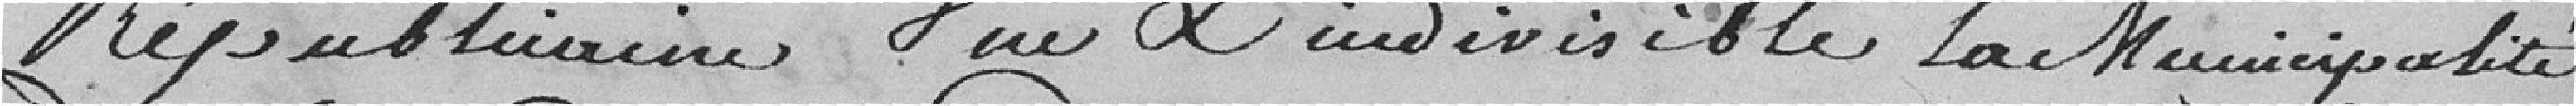
républicaine vu l'indivisible la Municipalité